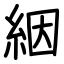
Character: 絪